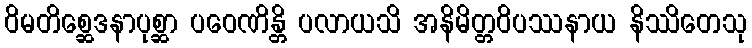
ဝိမတိစ္ဆေဒနာပုစ္ဆာ ပဝေဏိန္တိ ပလာယသိ အနိမိတ္တဝိပဿနာယ နိဿိတေသု